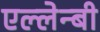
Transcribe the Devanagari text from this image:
एल्लेन्बी